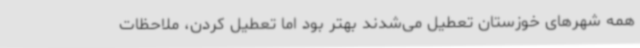
همه شهرهای خوزستان تعطیل می‌شدند بهتر بود اما تعطیل کردن، ملاحظات